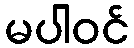
မပါဝင်